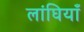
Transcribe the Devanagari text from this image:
लांघियाँ